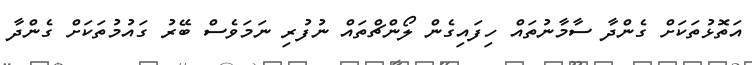
އަތޮޅުތަކަށް ގެންދާ ސާމާނުތައް ހިފައިގެން ލޯންޗްތައް ނުފުރި ނަމަވެސް ބޭރު ގައުމުތަކަށް ގެންދާ